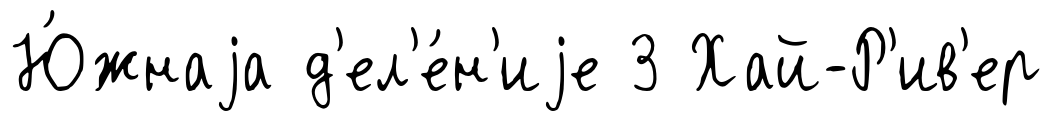
Ю́жнаjа д'ел'е́н'иjе 3 Хай-Р'ив'ер